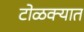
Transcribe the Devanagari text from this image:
टोळक्यात